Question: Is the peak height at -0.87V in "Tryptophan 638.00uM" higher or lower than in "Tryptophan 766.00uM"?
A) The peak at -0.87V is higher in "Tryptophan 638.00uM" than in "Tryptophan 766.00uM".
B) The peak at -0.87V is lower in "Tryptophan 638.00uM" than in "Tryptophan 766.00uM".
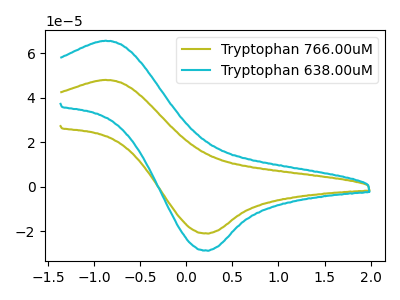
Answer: <think>The olive curve "Tryptophan 766.00uM" has an anodic peak at (-0.85V, 47.95uA) and a cathodic peak at (0.25V, -21.05uA). The cyan curve "Tryptophan 638.00uM" has an anodic peak at (-0.85V, 65.55uA) and a cathodic peak at (0.25V, -28.75uA).</think>
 <answer>A) The peak at -0.87V is higher in "Tryptophan 638.00uM" than in "Tryptophan 766.00uM".</answer>
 <eval>A</eval>